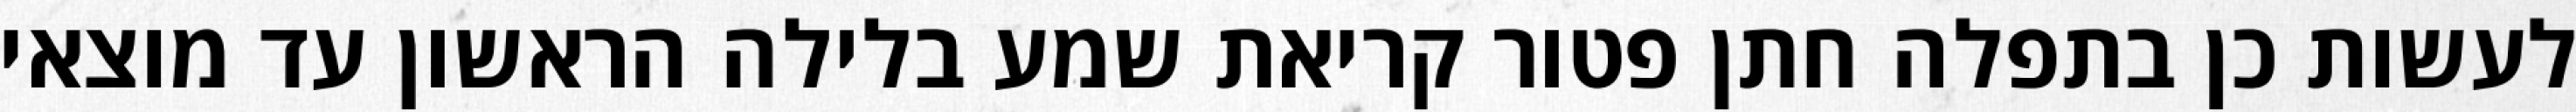
לעשות כן בתפלה חתן פטור קריאת שמע בלילה הראשון עד מוצאי